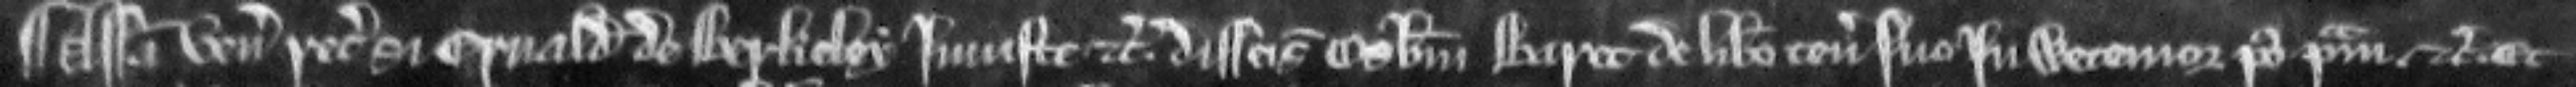
¶ Assisa venit recognitura si Ernaldus de Berkeley injuste etc. disseisivit Osbertum Baret de libero tenemento suo in Wetemor post primam etc. Et